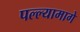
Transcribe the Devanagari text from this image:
पल्ल्यामागे